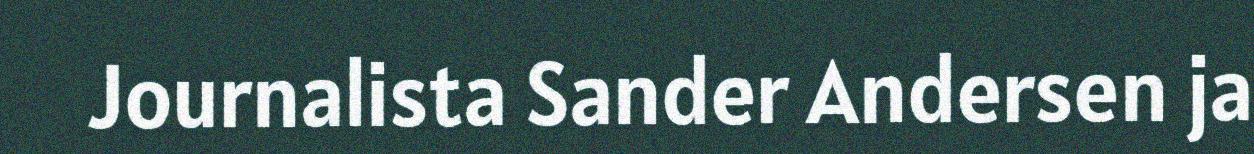
Journalista Sander Andersen ja